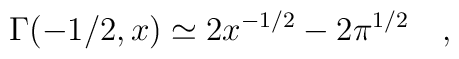
\Gamma(-1/2,x)\simeq 2x^{-1/2}-2 \pi^{1/2}~~~,